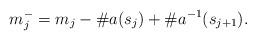
LaTeX: \begin{align*}m_j^-=m_j-\#a(s_j)+\#a^{-1}(s_{j+1}).\end{align*}